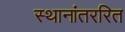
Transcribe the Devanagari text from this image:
स्थानांतररित